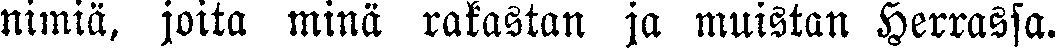
nimiä, joita minä rakastan ja muistan Herrassa.